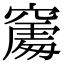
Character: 𥧻